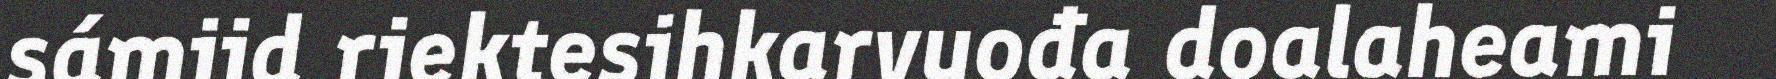
sámiid riektesihkarvuođa doalaheami